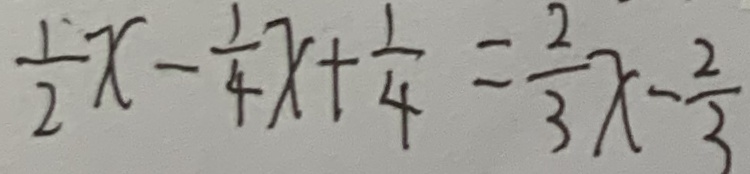
\frac { 1 } { 2 } x - \frac { 1 } { 4 } x + \frac { 1 } { 4 } = \frac { 2 } { 3 } x - \frac { 2 } { 3 }